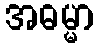
အဓမ္မာ